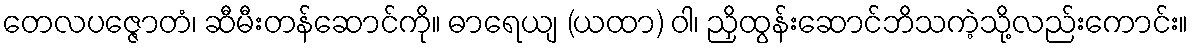
တေလပဇ္ဇောတံ၊ ဆီမီးတန်ဆောင်ကို။ ဓာရေယျ (ယထာ) ဝါ၊ ညှိထွန်းဆောင်ဘိသကဲ့သို့လည်းကောင်း။